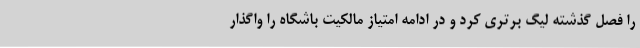
را فصل گذشته لیگ برتری کرد و در ادامه امتیاز مالکیت باشگاه را واگذار